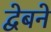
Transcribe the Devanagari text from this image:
द्वेबने